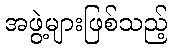
အဖွဲ့များဖြစ်သည့်